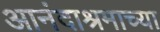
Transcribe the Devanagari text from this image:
आनंदाश्रमाच्या